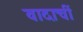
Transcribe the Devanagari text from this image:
वादाचीं